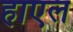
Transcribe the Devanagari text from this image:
हाएल